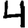
Digit: 4